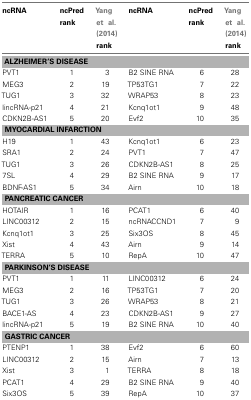
<table><thead><tr><td><b>ncRNA</b></td><td><b>ncPred rank</b></td><td><b>Yang et al. (2014) rank</b></td><td><b>ncRNA</b></td><td><b>ncPred rank</b></td><td><b>Yang et al. (2014) rank</b></td></tr></thead><tbody><tr><td colspan="6"><b>ALZHEIMER’S DISEASE</b></td></tr><tr><td>PVT1</td><td>1</td><td>3</td><td>B2 SINE RNA</td><td>6</td><td>28</td></tr><tr><td>MEG3</td><td>2</td><td>19</td><td>TP53TG1</td><td>7</td><td>22</td></tr><tr><td>TUG1</td><td>3</td><td>32</td><td>WRAP53</td><td>8</td><td>23</td></tr><tr><td>lincRNA-p21</td><td>4</td><td>21</td><td>Kcnq1ot1</td><td>9</td><td>48</td></tr><tr><td>CDKN2B-AS1</td><td>5</td><td>20</td><td>Evf2</td><td>10</td><td>35</td></tr><tr><td colspan="6"><b>MYOCARDIAL INFARCTION</b></td></tr><tr><td>H19</td><td>1</td><td>43</td><td>Kcnq1ot1</td><td>6</td><td>23</td></tr><tr><td>SRA1</td><td>2</td><td>24</td><td>PVT1</td><td>7</td><td>47</td></tr><tr><td>TUG1</td><td>3</td><td>26</td><td>CDKN2B-AS1</td><td>8</td><td>25</td></tr><tr><td>7SL</td><td>4</td><td>29</td><td>B2 SINE RNA</td><td>9</td><td>17</td></tr><tr><td>BDNF-AS1</td><td>5</td><td>34</td><td>Airn</td><td>10</td><td>18</td></tr><tr><td colspan="6"><b>PANCREATIC CANCER</b></td></tr><tr><td>HOTAIR</td><td>1</td><td>16</td><td>PCAT1</td><td>6</td><td>40</td></tr><tr><td>LINC00312</td><td>2</td><td>15</td><td>ncRNACCND1</td><td>7</td><td>9</td></tr><tr><td>Kcnq1ot1</td><td>3</td><td>25</td><td>Six3OS</td><td>8</td><td>45</td></tr><tr><td>Xist</td><td>4</td><td>43</td><td>Airn</td><td>9</td><td>14</td></tr><tr><td>TERRA</td><td>5</td><td>10</td><td>RepA</td><td>10</td><td>47</td></tr><tr><td colspan="6"><b>PARKINSON’S DISEASE</b></td></tr><tr><td>PVT1</td><td>1</td><td>11</td><td>LINC00312</td><td>6</td><td>24</td></tr><tr><td>MEG3</td><td>2</td><td>16</td><td>TP53TG1</td><td>7</td><td>20</td></tr><tr><td>TUG1</td><td>3</td><td>26</td><td>WRAP53</td><td>8</td><td>21</td></tr><tr><td>BACE1-AS</td><td>4</td><td>23</td><td>CDKN2B-AS1</td><td>9</td><td>27</td></tr><tr><td>lincRNA-p21</td><td>5</td><td>19</td><td>B2 SINE RNA</td><td>10</td><td>40</td></tr><tr><td colspan="6"><b>GASTRIC CANCER</b></td></tr><tr><td>PTENP1</td><td>1</td><td>38</td><td>Evf2</td><td>6</td><td>60</td></tr><tr><td>LINC00312</td><td>2</td><td>15</td><td>Airn</td><td>7</td><td>13</td></tr><tr><td>Xist</td><td>3</td><td>1</td><td>TERRA</td><td>8</td><td>18</td></tr><tr><td>PCAT1</td><td>4</td><td>29</td><td>B2 SINE RNA</td><td>9</td><td>40</td></tr><tr><td>Six3OS</td><td>5</td><td>39</td><td>RepA</td><td>10</td><td>37</td></tr></tbody></table>